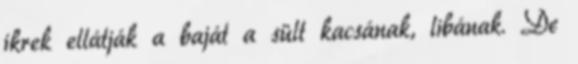
ikrek ellátják a baját a sült kacsának, libának. De